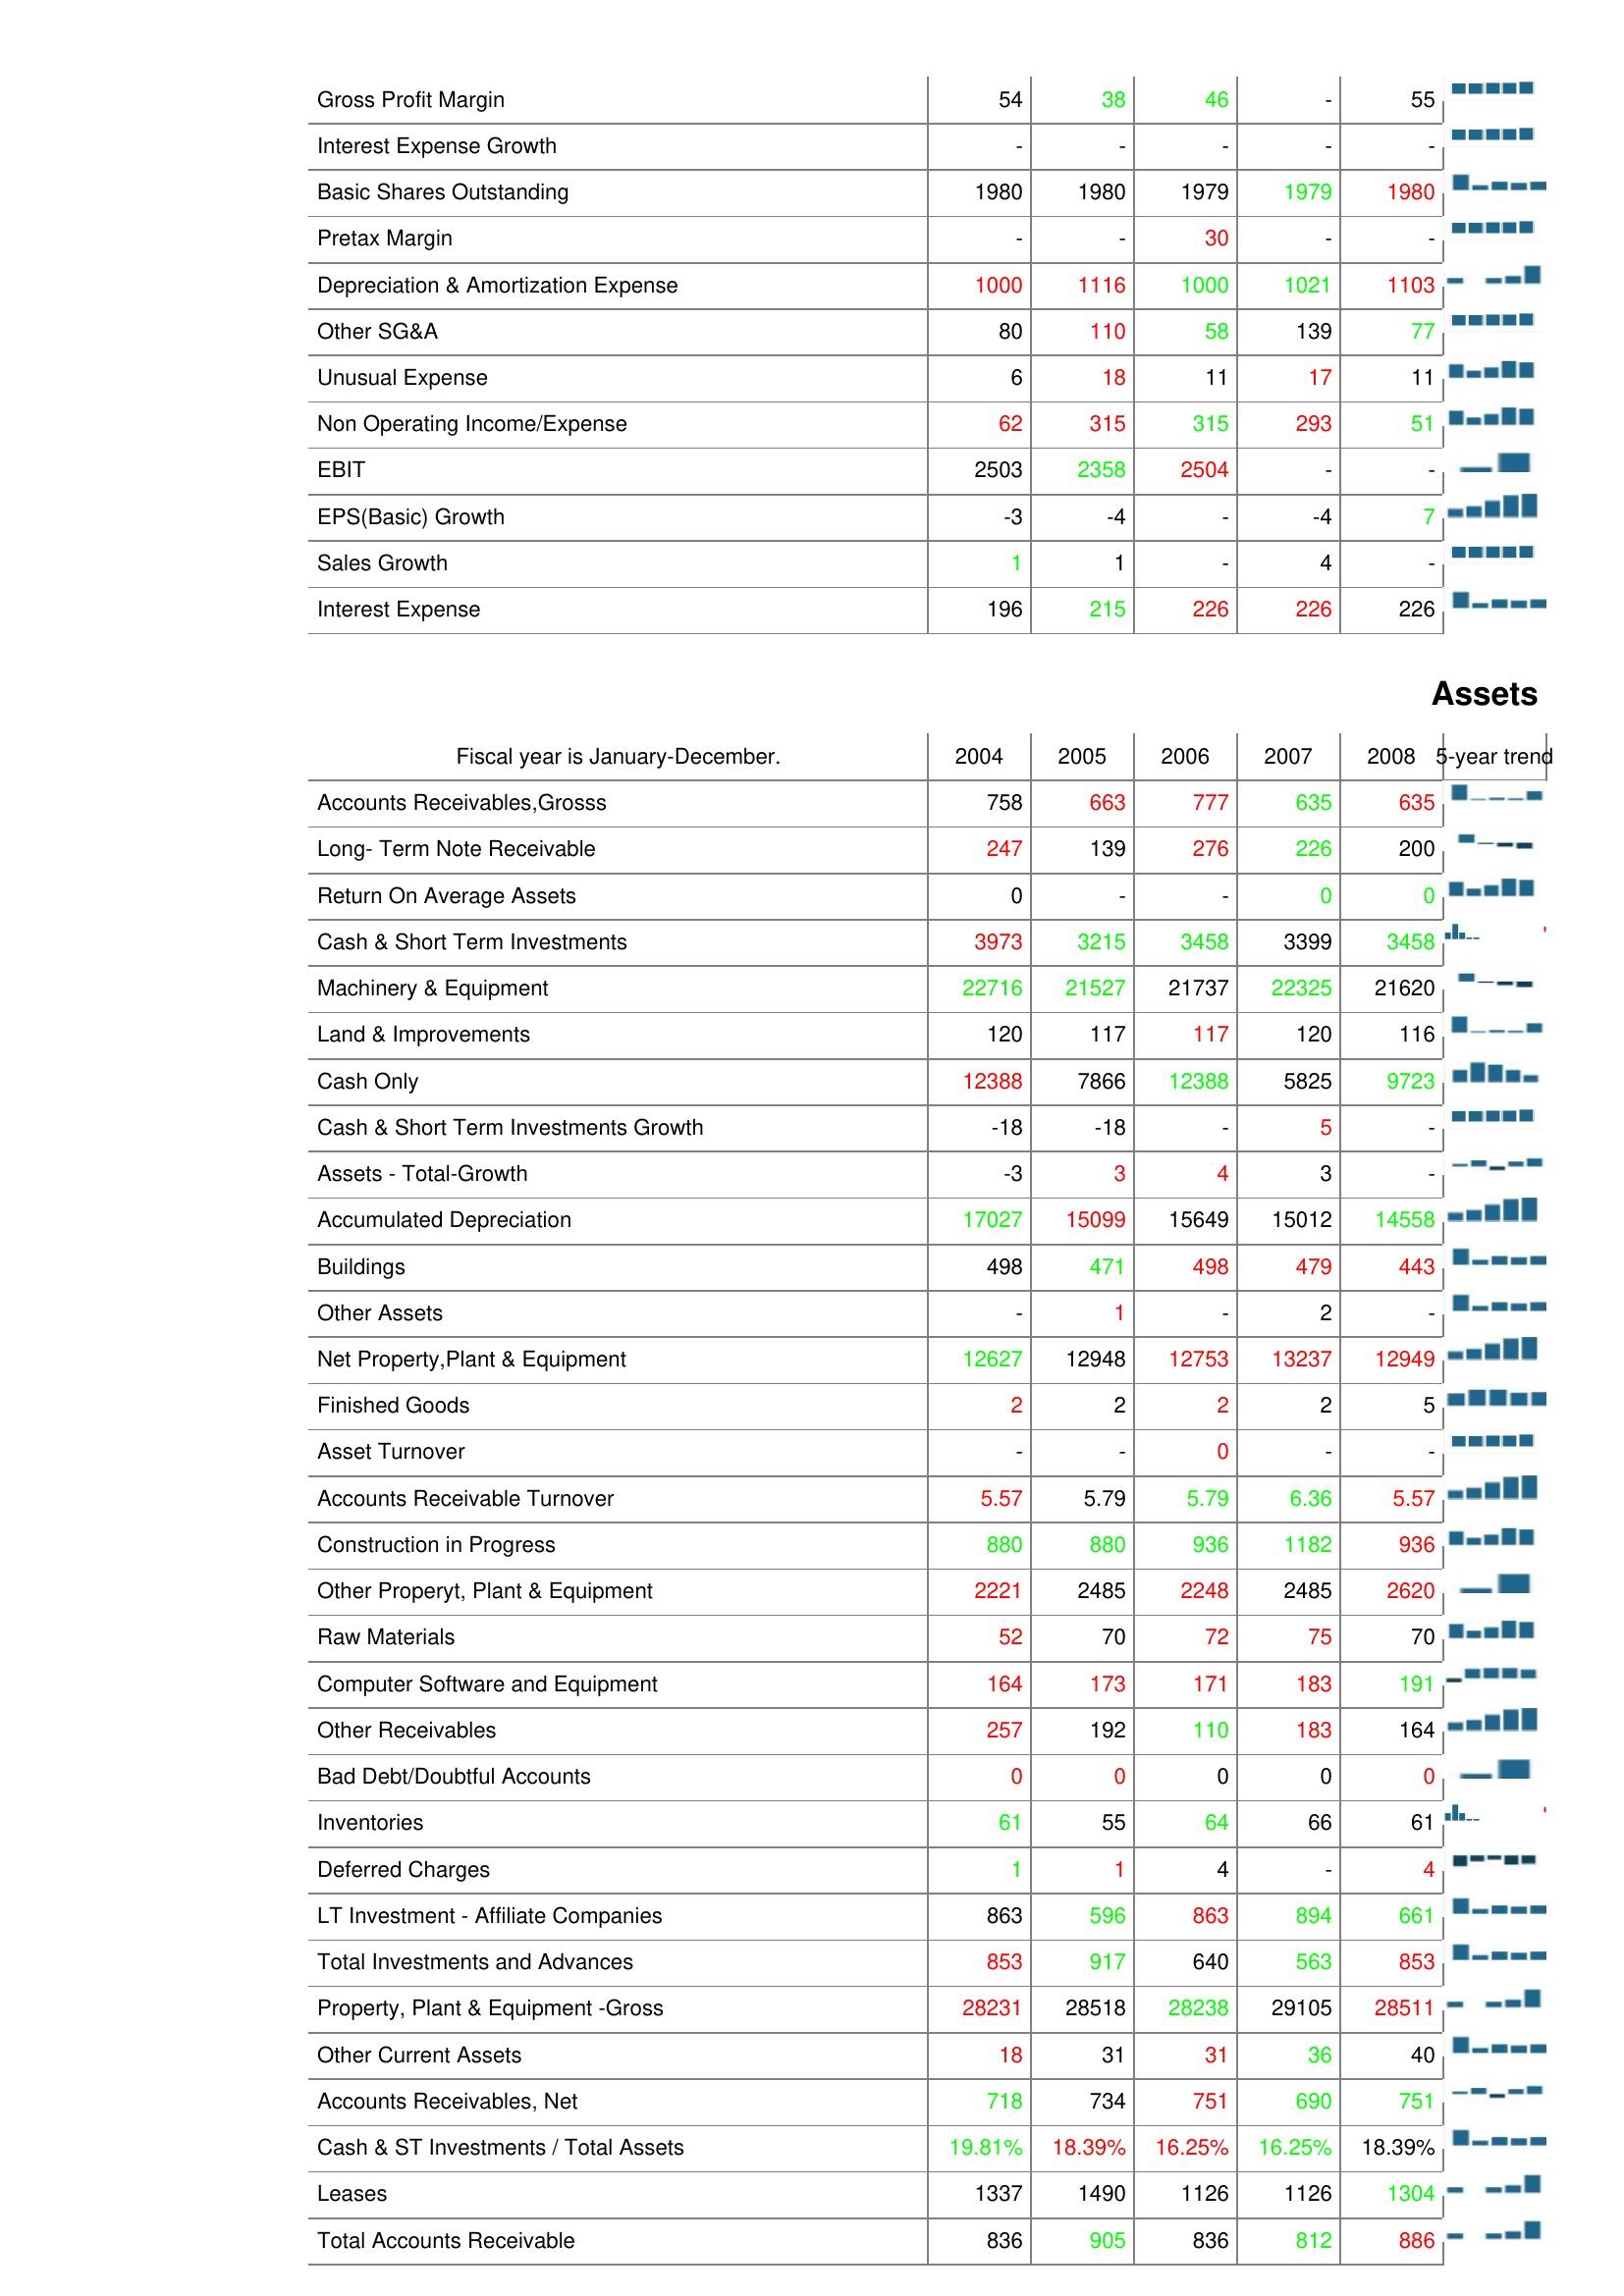
2004: : Gross Profit Margin: 54
Interest Expense Growth: -
Basic Shares Outstanding: 1980
Pretax Margin: -
Depreciation & Amortization Expense: 1000
Other SG&A: 80
Unusual Expense: 6
Non Operating Income/Expense: 62
EBIT: 2503
EPS(Basic) Growth: -3
Sales Growth: 1
Interest Expense: 196
Assets: Accounts Receivables,Grosss: 758
Long- Term Note Receivable: 247
Return On Average Assets: 0
Cash & Short Term Investments: 3973
Machinery & Equipment: 22716
Land & Improvements: 120
Cash Only: 12388
Cash & Short Term Investments Growth: -18
Assets - Total-Growth: -3
Accumulated Depreciation: 17027
Buildings: 498
Other Assets: -
Net Property,Plant & Equipment: 12627
Finished Goods: 2
Asset Turnover: -
Accounts Receivable Turnover: 5.57
Construction in Progress: 880
Other Properyt, Plant & Equipment: 2221
Raw Materials: 52
Computer Software and Equipment: 164
Other Receivables: 257
Bad Debt/Doubtful Accounts: 0
Inventories: 61
Deferred Charges: 1
LT Investment - Affiliate Companies: 863
Total Investments and Advances: 853
Property, Plant & Equipment -Gross: 28231
Other Current Assets: 18
Accounts Receivables, Net: 718
Cash & ST Investments / Total Assets: 19.81%
Leases: 1337
Total Accounts Receivable: 836
2005: : Gross Profit Margin: 38
Interest Expense Growth: -
Basic Shares Outstanding: 1980
Pretax Margin: -
Depreciation & Amortization Expense: 1116
Other SG&A: 110
Unusual Expense: 18
Non Operating Income/Expense: 315
EBIT: 2358
EPS(Basic) Growth: -4
Sales Growth: 1
Interest Expense: 215
Assets: Accounts Receivables,Grosss: 663
Long- Term Note Receivable: 139
Return On Average Assets: -
Cash & Short Term Investments: 3215
Machinery & Equipment: 21527
Land & Improvements: 117
Cash Only: 7866
Cash & Short Term Investments Growth: -18
Assets - Total-Growth: 3
Accumulated Depreciation: 15099
Buildings: 471
Other Assets: 1
Net Property,Plant & Equipment: 12948
Finished Goods: 2
Asset Turnover: -
Accounts Receivable Turnover: 5.79
Construction in Progress: 880
Other Properyt, Plant & Equipment: 2485
Raw Materials: 70
Computer Software and Equipment: 173
Other Receivables: 192
Bad Debt/Doubtful Accounts: 0
Inventories: 55
Deferred Charges: 1
LT Investment - Affiliate Companies: 596
Total Investments and Advances: 917
Property, Plant & Equipment -Gross: 28518
Other Current Assets: 31
Accounts Receivables, Net: 734
Cash & ST Investments / Total Assets: 18.39%
Leases: 1490
Total Accounts Receivable: 905
2006: : Gross Profit Margin: 46
Interest Expense Growth: -
Basic Shares Outstanding: 1979
Pretax Margin: 30
Depreciation & Amortization Expense: 1000
Other SG&A: 58
Unusual Expense: 11
Non Operating Income/Expense: 315
EBIT: 2504
EPS(Basic) Growth: -
Sales Growth: -
Interest Expense: 226
Assets: Accounts Receivables,Grosss: 777
Long- Term Note Receivable: 276
Return On Average Assets: -
Cash & Short Term Investments: 3458
Machinery & Equipment: 21737
Land & Improvements: 117
Cash Only: 12388
Cash & Short Term Investments Growth: -
Assets - Total-Growth: 4
Accumulated Depreciation: 15649
Buildings: 498
Other Assets: -
Net Property,Plant & Equipment: 12753
Finished Goods: 2
Asset Turnover: 0
Accounts Receivable Turnover: 5.79
Construction in Progress: 936
Other Properyt, Plant & Equipment: 2248
Raw Materials: 72
Computer Software and Equipment: 171
Other Receivables: 110
Bad Debt/Doubtful Accounts: 0
Inventories: 64
Deferred Charges: 4
LT Investment - Affiliate Companies: 863
Total Investments and Advances: 640
Property, Plant & Equipment -Gross: 28238
Other Current Assets: 31
Accounts Receivables, Net: 751
Cash & ST Investments / Total Assets: 16.25%
Leases: 1126
Total Accounts Receivable: 836
2007: : Gross Profit Margin: -
Interest Expense Growth: -
Basic Shares Outstanding: 1979
Pretax Margin: -
Depreciation & Amortization Expense: 1021
Other SG&A: 139
Unusual Expense: 17
Non Operating Income/Expense: 293
EBIT: -
EPS(Basic) Growth: -4
Sales Growth: 4
Interest Expense: 226
Assets: Accounts Receivables,Grosss: 635
Long- Term Note Receivable: 226
Return On Average Assets: 0
Cash & Short Term Investments: 3399
Machinery & Equipment: 22325
Land & Improvements: 120
Cash Only: 5825
Cash & Short Term Investments Growth: 5
Assets - Total-Growth: 3
Accumulated Depreciation: 15012
Buildings: 479
Other Assets: 2
Net Property,Plant & Equipment: 13237
Finished Goods: 2
Asset Turnover: -
Accounts Receivable Turnover: 6.36
Construction in Progress: 1182
Other Properyt, Plant & Equipment: 2485
Raw Materials: 75
Computer Software and Equipment: 183
Other Receivables: 183
Bad Debt/Doubtful Accounts: 0
Inventories: 66
Deferred Charges: -
LT Investment - Affiliate Companies: 894
Total Investments and Advances: 563
Property, Plant & Equipment -Gross: 29105
Other Current Assets: 36
Accounts Receivables, Net: 690
Cash & ST Investments / Total Assets: 16.25%
Leases: 1126
Total Accounts Receivable: 812
2008: : Gross Profit Margin: 55
Interest Expense Growth: -
Basic Shares Outstanding: 1980
Pretax Margin: -
Depreciation & Amortization Expense: 1103
Other SG&A: 77
Unusual Expense: 11
Non Operating Income/Expense: 51
EBIT: -
EPS(Basic) Growth: 7
Sales Growth: -
Interest Expense: 226
Assets: Accounts Receivables,Grosss: 635
Long- Term Note Receivable: 200
Return On Average Assets: 0
Cash & Short Term Investments: 3458
Machinery & Equipment: 21620
Land & Improvements: 116
Cash Only: 9723
Cash & Short Term Investments Growth: -
Assets - Total-Growth: -
Accumulated Depreciation: 14558
Buildings: 443
Other Assets: -
Net Property,Plant & Equipment: 12949
Finished Goods: 5
Asset Turnover: -
Accounts Receivable Turnover: 5.57
Construction in Progress: 936
Other Properyt, Plant & Equipment: 2620
Raw Materials: 70
Computer Software and Equipment: 191
Other Receivables: 164
Bad Debt/Doubtful Accounts: 0
Inventories: 61
Deferred Charges: 4
LT Investment - Affiliate Companies: 661
Total Investments and Advances: 853
Property, Plant & Equipment -Gross: 28511
Other Current Assets: 40
Accounts Receivables, Net: 751
Cash & ST Investments / Total Assets: 18.39%
Leases: 1304
Total Accounts Receivable: 886